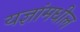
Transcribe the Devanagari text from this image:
यज्ञांमधील